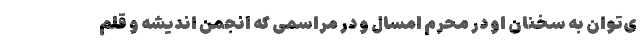
ی‌توان به سخنان او در محرم امسال و در مراسمی که انجمن اندیشه و قلم